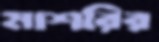
মাশরির